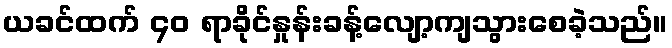
ယခင်ထက် ၄၀ ရာခိုင်နှုန်းခန့်လျော့ကျသွားစေခဲ့သည်။